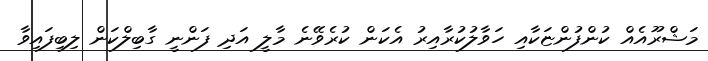
މަޝްރޫއެއް ކުންފުންޏަކާއި ހަވާލުކުރާއިރު އެކަން ކުރެވޭނެ މާލީ އަދި ފަންނީ ގާބިލްކަން ލިބިފައިވާ